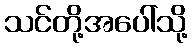
သင်တို့အပေါ်သို့